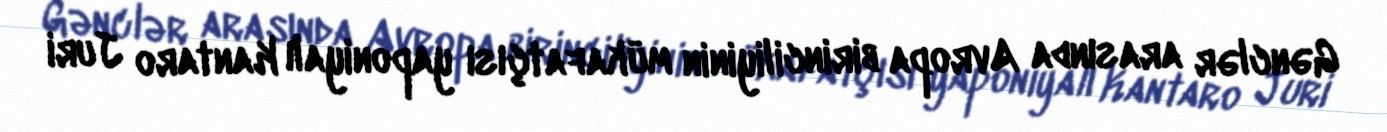
Gənclər arasında Avropa birinciliyinin mükafatçısı yaponiyalı Kantaro Juri